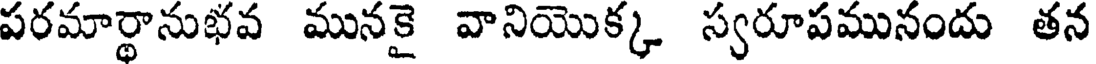
పరమార్థానుభవ మునకై వానియొక్క స్వరూపమునందు తన